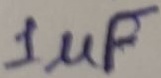
Text: 1µF